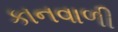
કાનવાળી